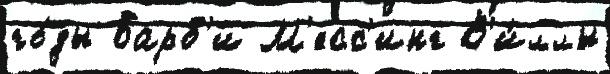
го́ды Барб'и М'есс'инг В'и́ллы